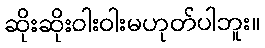
ဆိုးဆိုးဝါးဝါးမဟုတ်ပါဘူး။